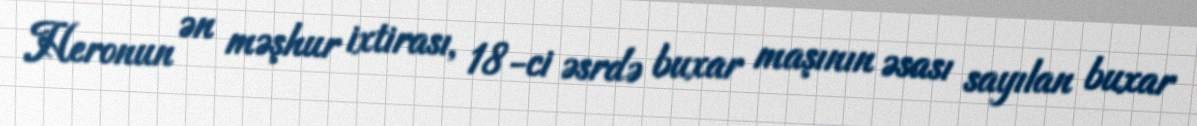
Heronun ən məşhur ixtirası, 18-ci əsrdə buxar maşının əsası sayılan buxar